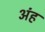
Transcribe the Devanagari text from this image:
अंह